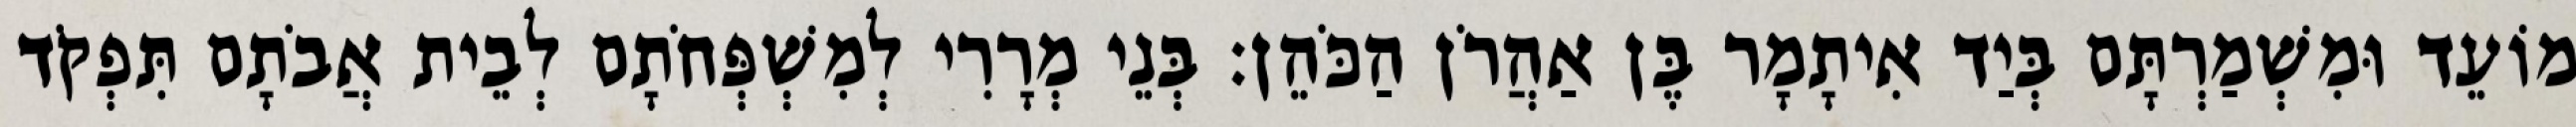
מוֹעֵד וּמִשְׁמַרְתָּם בְּיַד אִיתָמָר בֶּן אַהֲרֹן הַכֹּהֵן׃ בְּנֵי מְרָרִי לְמִשְׁפְּחֹתָם לְבֵית אֲבֹתָם תִּפְקֹד